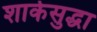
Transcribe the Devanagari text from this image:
शार्कसुद्धा